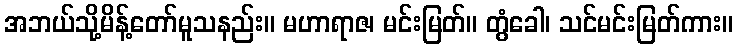
အဘယ်သို့မိန့်တော်မူသနည်း။ မဟာရာဇ၊ မင်းမြတ်။ တွံခေါ၊ သင်မင်းမြတ်ကား။